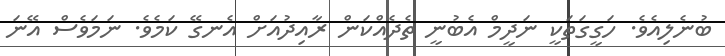
ބުނެލިއެވެ. ހަގީގަތަކީ ނަދީމް އެބުނީ ތެދެއްކަން ރާއިދުއަށް އެނގޭ ކަމެވެ. ނަމަވެސް އޭނަ